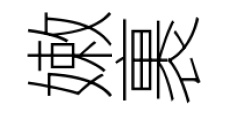
嫩裹